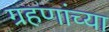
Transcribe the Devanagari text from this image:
ग्रहणांच्या